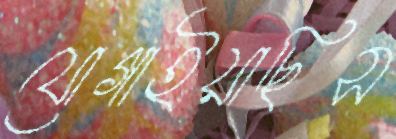
যোগাইয়াছিস